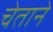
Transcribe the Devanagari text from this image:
चेताने